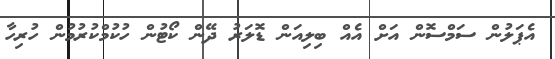
އެޕަލުން ސަމްސޮން އަށް އެއް ބިލިއަން ޑޮލަރު ދޭން ކޯޓުން ހުކުމްކުރުމުން ހުރިހާ